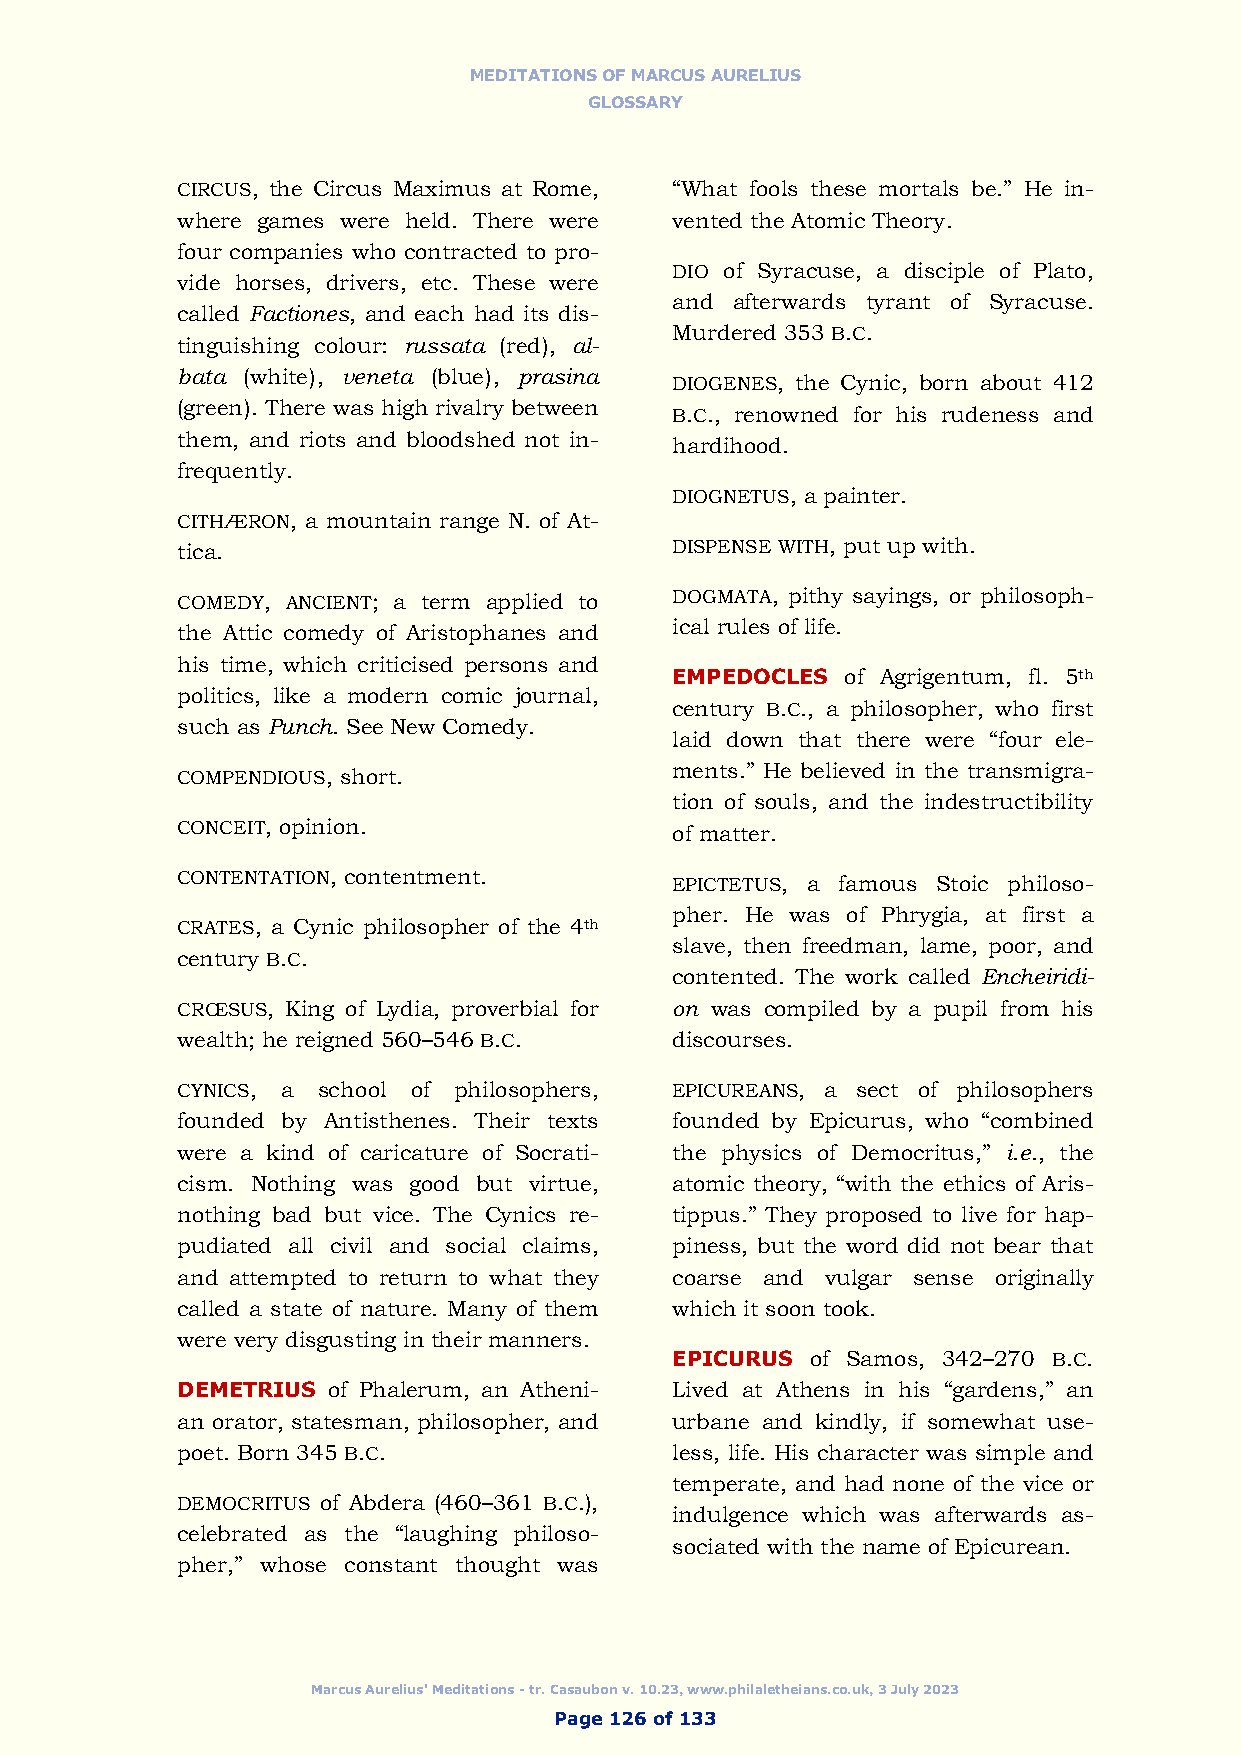
MEDITATIONS OF MARCUS AURELIUS
 GLOSSARY
 CIRCUS, the Circus Maximus at Rome, “What fools these mortals be.” He in-
 where games were held. There were vented the Atomic Theory.
 four companies who contracted to pro-
 DIO of Syracuse, a disciple of Plato,
 vide horses, drivers, etc. These were
 and afterwards tyrant of Syracuse.
 called Factiones, and each had its dis-
 Murdered 353 B.C.
 tinguishing colour: russata (red), al-
 bata (white), veneta (blue), prasina DIOGENES, the Cynic, born about 412
 (green). There was high rivalry between B.C., renowned for his rudeness and
 them, and riots and bloodshed not in- hardihood.
 frequently.
 DIOGNETUS, a painter.
 CITHÆRON, a mountain range N. of At-
 tica.                           DISPENSE WITH, put up with.
 COMEDY, ANCIENT; a term applied to DOGMATA, pithy sayings, or philosoph-
 the Attic comedy of Aristophanes and ical rules of life.
 his time, which criticised persons and
 EMPEDOCLES  of Agrigentum, fl. 5th
 politics, like a modern comic journal,
 century B.C., a philosopher, who first
 such as Punch. See New Comedy.
 laid down that there were “four ele-
 COMPENDIOUS, short.             ments.” He believed in the transmigra-
 tion of souls, and the indestructibility
 CONCEIT, opinion.               of matter.
 CONTENTATION, contentment.      EPICTETUS, a famous Stoic philoso-
 pher. He was of Phrygia, at first a
 CRATES, a Cynic philosopher of the 4th
 slave, then freedman, lame, poor, and
 century B.C.
 contented. The work called Encheiridi-
 CRŒSUS, King of Lydia, proverbial for on was compiled by a pupil from his
 wealth; he reigned 560–546 B.C. discourses.
 CYNICS, a school of philosophers, EPICUREANS, a sect of philosophers
 founded by Antisthenes. Their texts founded by Epicurus, who “combined
 were a kind of caricature of Socrati- the physics of Democritus,” i.e., the
 cism. Nothing was good but virtue, atomic theory, “with the ethics of Aris-
 nothing bad but vice. The Cynics re- tippus.” They proposed to live for hap-
 pudiated all civil and social claims, piness, but the word did not bear that
 and attempted to return to what they coarse and vulgar sense originally
 called a state of nature. Many of them which it soon took.
 were very disgusting in their manners.
 EPICURUS  of Samos, 342–270 B.C.
 DEMETRIUS of Phalerum, an Atheni- Lived at Athens in his “gardens,” an
 an orator, statesman, philosopher, and urbane and kindly, if somewhat use-
 poet. Born 345 B.C.             less, life. His character was simple and
 temperate, and had none of the vice or
 DEMOCRITUS of Abdera (460–361 B.C.),
 indulgence which was afterwards as-
 celebrated as the “laughing philoso-
 sociated with the name of Epicurean.
 pher,” whose constant thought was
 Marcus Aurelius' Meditations - tr. Casaubon v. 10.23, www.philaletheians.co.uk, 3 July 2023
 Page 126 of 133